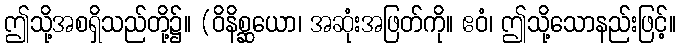
ဤသို့အစရှိသည်တို့၌။ (ဝိနိစ္ဆယော၊ အဆုံးအဖြတ်ကို။ ဧဝံ၊ ဤသို့သောနည်းဖြင့်။